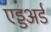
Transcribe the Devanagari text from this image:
एड्डअर्ड